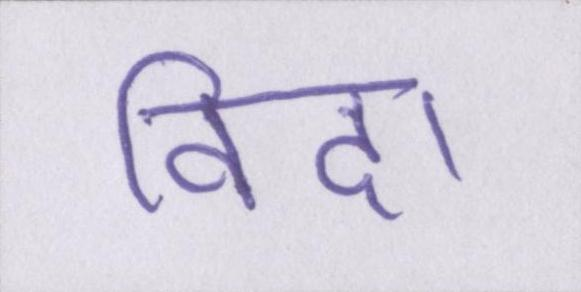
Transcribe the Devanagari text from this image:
विदा